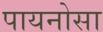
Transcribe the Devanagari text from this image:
पायनोसा